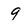
Character: 9